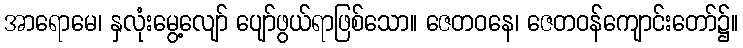
အာရောမေ၊ နှလုံးမွေ့လျော် ပျော်ဖွယ်ရာဖြစ်သော။ ဇေတဝနေ၊ ဇေတဝန်ကျောင်းတော်၌။